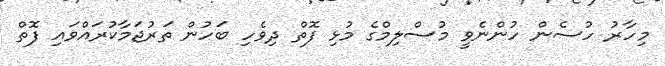
މިހާރު ހުސެން ހުންނެވީ މުސްލިމްގެ މުޅި ފޮތް ދިވެހި ބަހުން ތަރުޖަމާކުރައްވައި ފޮތް